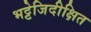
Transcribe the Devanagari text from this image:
भट्टेजिदीक्षित